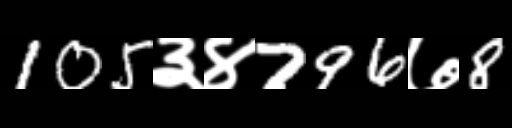
Text: 105३४796७8